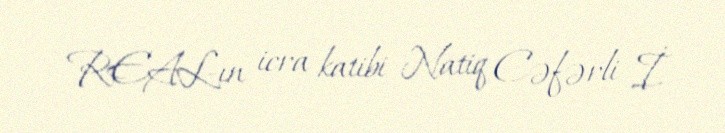
REAL-ın icra katibi Natiq Cəfərli İ.